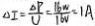
\Delta I = \frac { \Delta P } { U } = \frac { 1 6 W } { 1 6 V } = 1 A